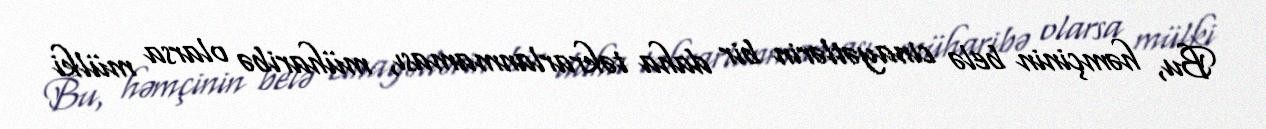
Bu, həmçinin belə cinayətlərin bir daha təkrarlanmaması, müharibə olarsa mülki